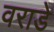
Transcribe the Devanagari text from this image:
वराडे